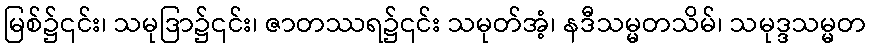
မြစ်၌၎င်း၊ သမုဒြာ၌၎င်း၊ ဇာတဿရ၌၎င်း သမုတ်အံ့၊ နဒီသမ္မတသိမ်၊ သမုဒ္ဒသမ္မတ